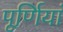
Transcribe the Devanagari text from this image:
पूर्णियां